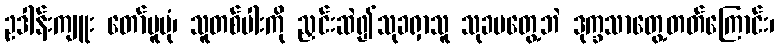
ဥဒါန်းကျူး တော်မူပုံ၊ သူတစ်ပါးကို ညှင်းဆဲ၍သုခရှာသူ သုခမတွေ့ဘဲ ဒုက္ခသာတွေ့တတ်ကြောင်း၊